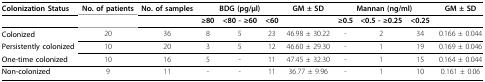
| <ROWSPAN=2> Colonization Status | <ROWSPAN=2> No. of patients | <ROWSPAN=2> No. of samples | <COLSPAN=3> BDG (pg/μl) | GM ± SD | <COLSPAN=3> Mannan (ng/ml) | GM ± SD |
 | --- | --- | --- | --- | --- | --- | --- | --- | --- | --- | --- |
 |  |  |  | ≥80 | <80 - ≥60 | <60 |  | ≥0.5 | <0.5 - ≥0.25 | <0.25 |  |
 | Colonized | 20 | 36 | 8 | 5 | 23 | 46.98 ± 30.22 | - | 2 | 34 | 0.166 ± 0.044 |
 | Persistently colonized | 10 | 20 | 3 | 5 | 12 | 46.60 ± 29.30 | - | 1 | 19 | 0.169 ± 0.046 |
 | One-time colonized | 10 | 16 | 5 | - | 11 | 47.45 ± 32.30 | - | 1 | 15 | 0.164 ± 0.044 |
 | Non-colonized | 9 | 11 | - | - | 11 | 36.77 ± 9.96 | - | 1 | 10 | 0.161 ± 0.06 |